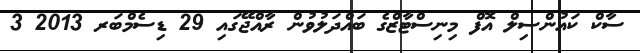
ސާކް ކައުންސިލް އޮފް މިނިސްޓާޒްގެ ބައްދަލުވުން ރާއްޖޭގައި 29 ޑިސެމްބަރ 2013 3